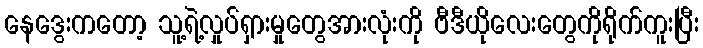
နေဒွေးကတော့ သူ့ရဲ့လှုပ်ရှားမှုတွေအားလုံးကို ဗီဒီယိုလေးတွေကိုရိုက်ကူးပြီး